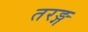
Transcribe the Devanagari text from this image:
तरङ्ग